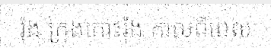
រ៉ុង ក្រុងកោះរ៉ុង កាលពីពេល